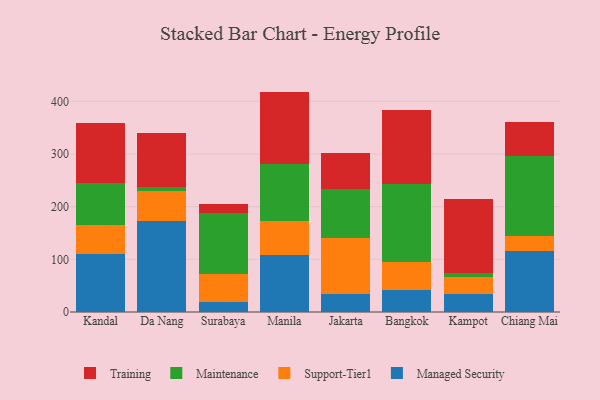
{"axis": {"x": "City", "y": "Satisfaction Score"}, "legend": ["Maintenance", "Managed Security", "Support-Tier1", "Training"], "data": [{"x": "Kandal", "y": 109.9, "type": "Managed Security"}, {"x": "Kandal", "y": 56.1, "type": "Support-Tier1"}, {"x": "Kandal", "y": 79.5, "type": "Maintenance"}, {"x": "Kandal", "y": 114.2, "type": "Training"}, {"x": "Da Nang", "y": 172.2, "type": "Managed Security"}, {"x": "Da Nang", "y": 57.1, "type": "Support-Tier1"}, {"x": "Da Nang", "y": 8.6, "type": "Maintenance"}, {"x": "Da Nang", "y": 102.0, "type": "Training"}, {"x": "Surabaya", "y": 19.1, "type": "Managed Security"}, {"x": "Surabaya", "y": 52.9, "type": "Support-Tier1"}, {"x": "Surabaya", "y": 115.2, "type": "Maintenance"}, {"x": "Surabaya", "y": 18.4, "type": "Training"}, {"x": "Manila", "y": 108.3, "type": "Managed Security"}, {"x": "Manila", "y": 64.9, "type": "Support-Tier1"}, {"x": "Manila", "y": 107.4, "type": "Maintenance"}, {"x": "Manila", "y": 138.0, "type": "Training"}, {"x": "Jakarta", "y": 33.4, "type": "Managed Security"}, {"x": "Jakarta", "y": 106.9, "type": "Support-Tier1"}, {"x": "Jakarta", "y": 93.1, "type": "Maintenance"}, {"x": "Jakarta", "y": 68.4, "type": "Training"}, {"x": "Bangkok", "y": 41.3, "type": "Managed Security"}, {"x": "Bangkok", "y": 53.3, "type": "Support-Tier1"}, {"x": "Bangkok", "y": 148.5, "type": "Maintenance"}, {"x": "Bangkok", "y": 139.9, "type": "Training"}, {"x": "Kampot", "y": 33.3, "type": "Managed Security"}, {"x": "Kampot", "y": 33.8, "type": "Support-Tier1"}, {"x": "Kampot", "y": 7.7, "type": "Maintenance"}, {"x": "Kampot", "y": 139.2, "type": "Training"}, {"x": "Chiang Mai", "y": 115.4, "type": "Managed Security"}, {"x": "Chiang Mai", "y": 28.9, "type": "Support-Tier1"}, {"x": "Chiang Mai", "y": 152.8, "type": "Maintenance"}, {"x": "Chiang Mai", "y": 64.3, "type": "Training"}]}